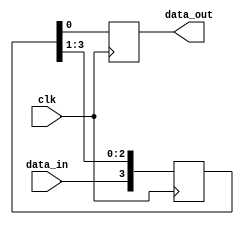
module siso_shift_register(
    input clk,
    input data_in,
    output reg data_out
);

reg [3:0] shift_reg;

always @(posedge clk) begin
    shift_reg <= {data_in, shift_reg[3:1]};
    data_out <= shift_reg[0];
end

endmodule